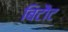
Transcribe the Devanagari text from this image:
बिटौट